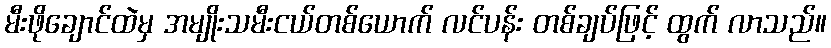
မီးဖိုချောင်ထဲမှ အမျိုးသမီးငယ်တစ်ယောက် လင်ပန်း တစ်ချပ်ဖြင့် ထွက် လာသည်။